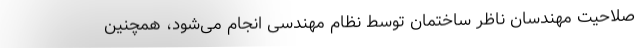
صلاحیت مهندسان ناظر ساختمان توسط نظام مهندسی انجام می‌شود، همچنین